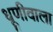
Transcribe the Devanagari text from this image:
धूणीवाला